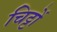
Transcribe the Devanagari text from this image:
चिट्टों